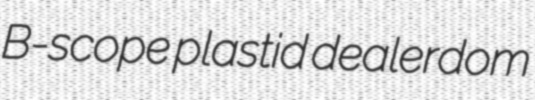
B-scope plastid dealerdom